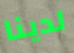
لدينا